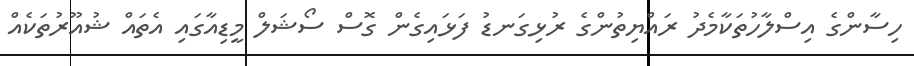
ހިސާންގެ އިސްލާހުތަކާމެދު ރައްޔިތުންގެ ރުޅިގަނޑު ފަޅައިގެން ގޮސް ސޯޝަލް މީޑިއާގައި އެތައް ޝުއޫރުތަކެއް